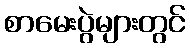
စာမေးပွဲများတွင်